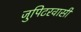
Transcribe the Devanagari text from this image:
जुपिटरवासी